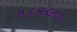
૧૮૨૯ના